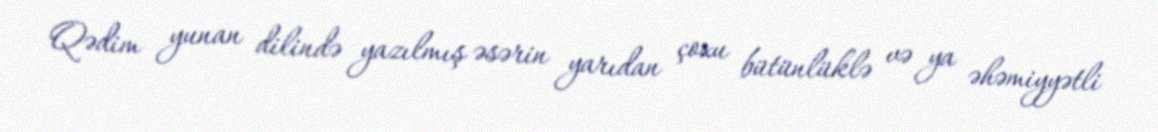
Qədim yunan dilində yazılmış əsərin yarıdan çoxu bütünlüklə və ya əhəmiyyətli